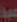
عبد